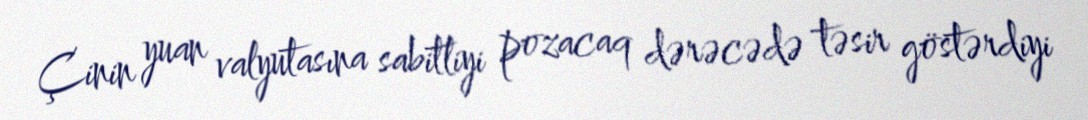
Çinin yuan valyutasına sabitliyi pozacaq dərəcədə təsir göstərdiyi